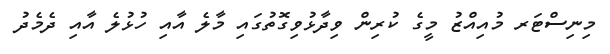
މިނިސްޓަރ މުއިއްޒު މީގެ ކުރިން ވިދާޅުވިގޮތުގައި މާލެ އާއި ހުޅުލެ އާއި ދެމެދު